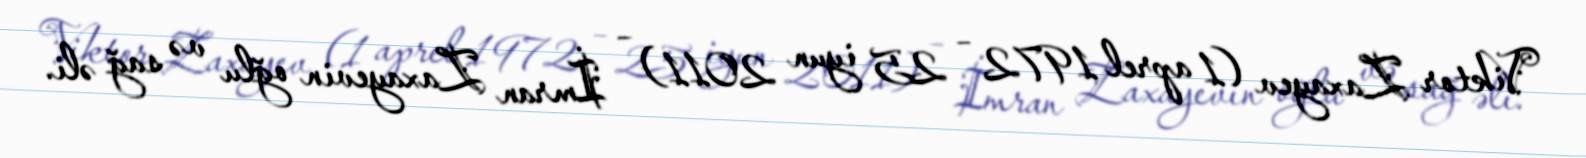
Viktor Zaxayev (1 aprel 1972 – 25 iyun 2011) – İmran Zaxayevin oğlu və sağ əli.